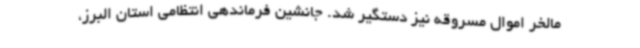
مالخر اموال مسروقه نیز دستگیر شد. جانشین فرماندهی انتظامی استان البرز،